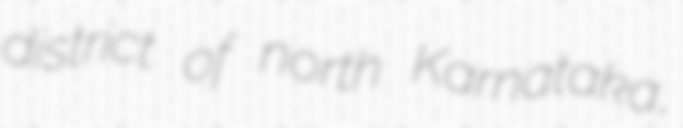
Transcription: district of north Karnataka,